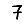
Digit: 7